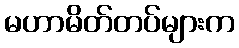
မဟာမိတ်တပ်များက